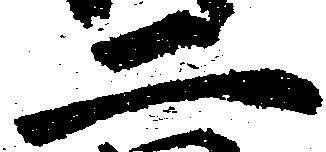
二